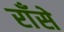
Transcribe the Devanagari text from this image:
राँसे